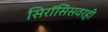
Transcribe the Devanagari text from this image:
सिरॉसिसवरही